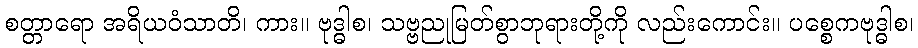
စတ္တာရော အရိယဝံသာတိ၊ ကား။ ဗုဒ္ဓါစ၊ သဗ္ဗညုမြတ်စွာဘုရားတို့ကို လည်းကောင်း။ ပစ္စေကဗုဒ္ဓါစ၊